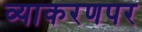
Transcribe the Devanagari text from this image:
व्याकरणपर